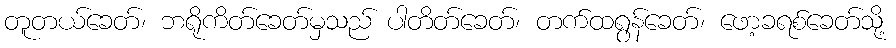
တူတယ်ခေတ်၊ ဘရိုကိတ်ခေတ်မှသည် ပါတိတ်ခေတ်၊ တက်ထရွန်ခေတ်၊ ဖော့ခရစ်ခေတ်သို့